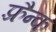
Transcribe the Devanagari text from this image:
फ़्रैन्क